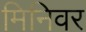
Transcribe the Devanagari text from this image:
मिनिवर